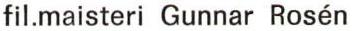
fil.maisteri Gunnar Rosén